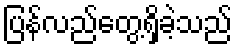
ပြန်လည်တွေ့ရှိခဲ့သည်